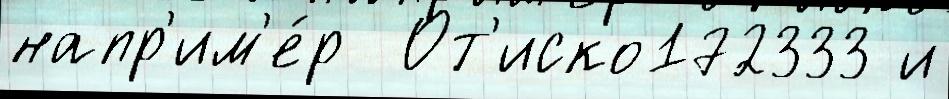
напр'им'е́р  От'иско172333 и